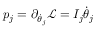
p _ { j } = \partial _ { \dot { \theta } _ { j } } \mathcal { L } = I _ { j } \dot { \theta } _ { j }